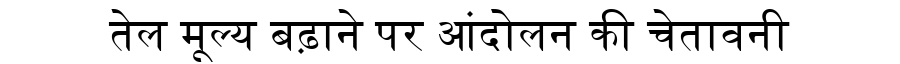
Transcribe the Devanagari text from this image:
तेल मूल्य बढ़ाने पर आंदोलन की चेतावनी